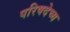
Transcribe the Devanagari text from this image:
परिषदेच्य